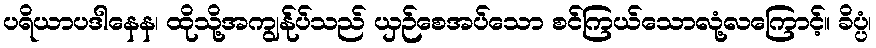
ပရိယာပဒါနေန၊ ထိုသို့အကျွန်ုပ်သည် ယှဉ်စေအပ်သော စင်ကြယ်သောလုံ့လကြောင့်။ ခိပ္ပံ၊